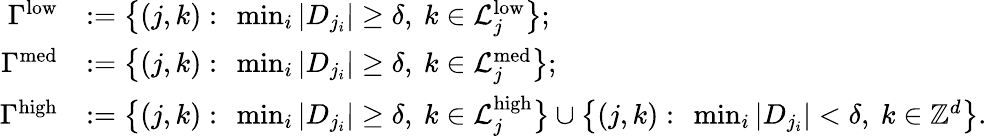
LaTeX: \begin{array}{r}{\begin{array}{rl}{\Gamma^{\mathrm{low}}}&{:=\big\{ (j,k):\ \operatorname*{min}_{i}|D_{j_{i}}|\geq\delta,\ k\in\mathcal{L}_{j}^{\mathrm{low}}\big\} ;}\\ {\Gamma^{\mathrm{med}}}&{:=\big\{ (j,k):\ \operatorname*{min}_{i}|D_{j_{i}}|\geq\delta,\ k\in\mathcal{L}_{j}^{\mathrm{med}}\big\} ;}\\ {\Gamma^{\mathrm{high}}}&{:=\big\{ (j,k):\ \operatorname*{min}_{i}|D_{j_{i}}|\geq\delta,\ k\in\mathcal{L}_{j}^{\mathrm{high}}\big\} \cup\big\{ (j,k):\ \operatorname*{min}_{i}|D_{j_{i}}|<\delta,\ k\in\mathbb{Z}^{d}\big\} .}\end{array}}\end{array}